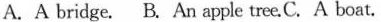
A.A bridge. B.An apple tree. C.A boat.